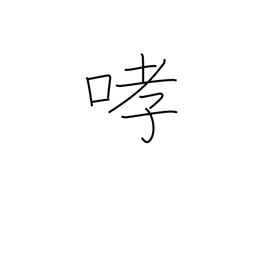
Meaning: growl